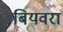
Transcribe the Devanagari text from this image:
बियवरा